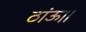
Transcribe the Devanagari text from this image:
ठांऊ।।